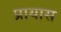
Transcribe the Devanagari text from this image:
प्रायास